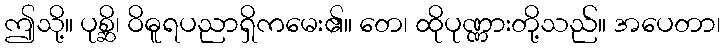
ဤသို့။ ပုစ္ဆိ၊ ဝိဓူရပညာရှိကမေး၏။ တေ၊ ထိုပုဏ္ဏားတို့သည်။ အပေတာ၊